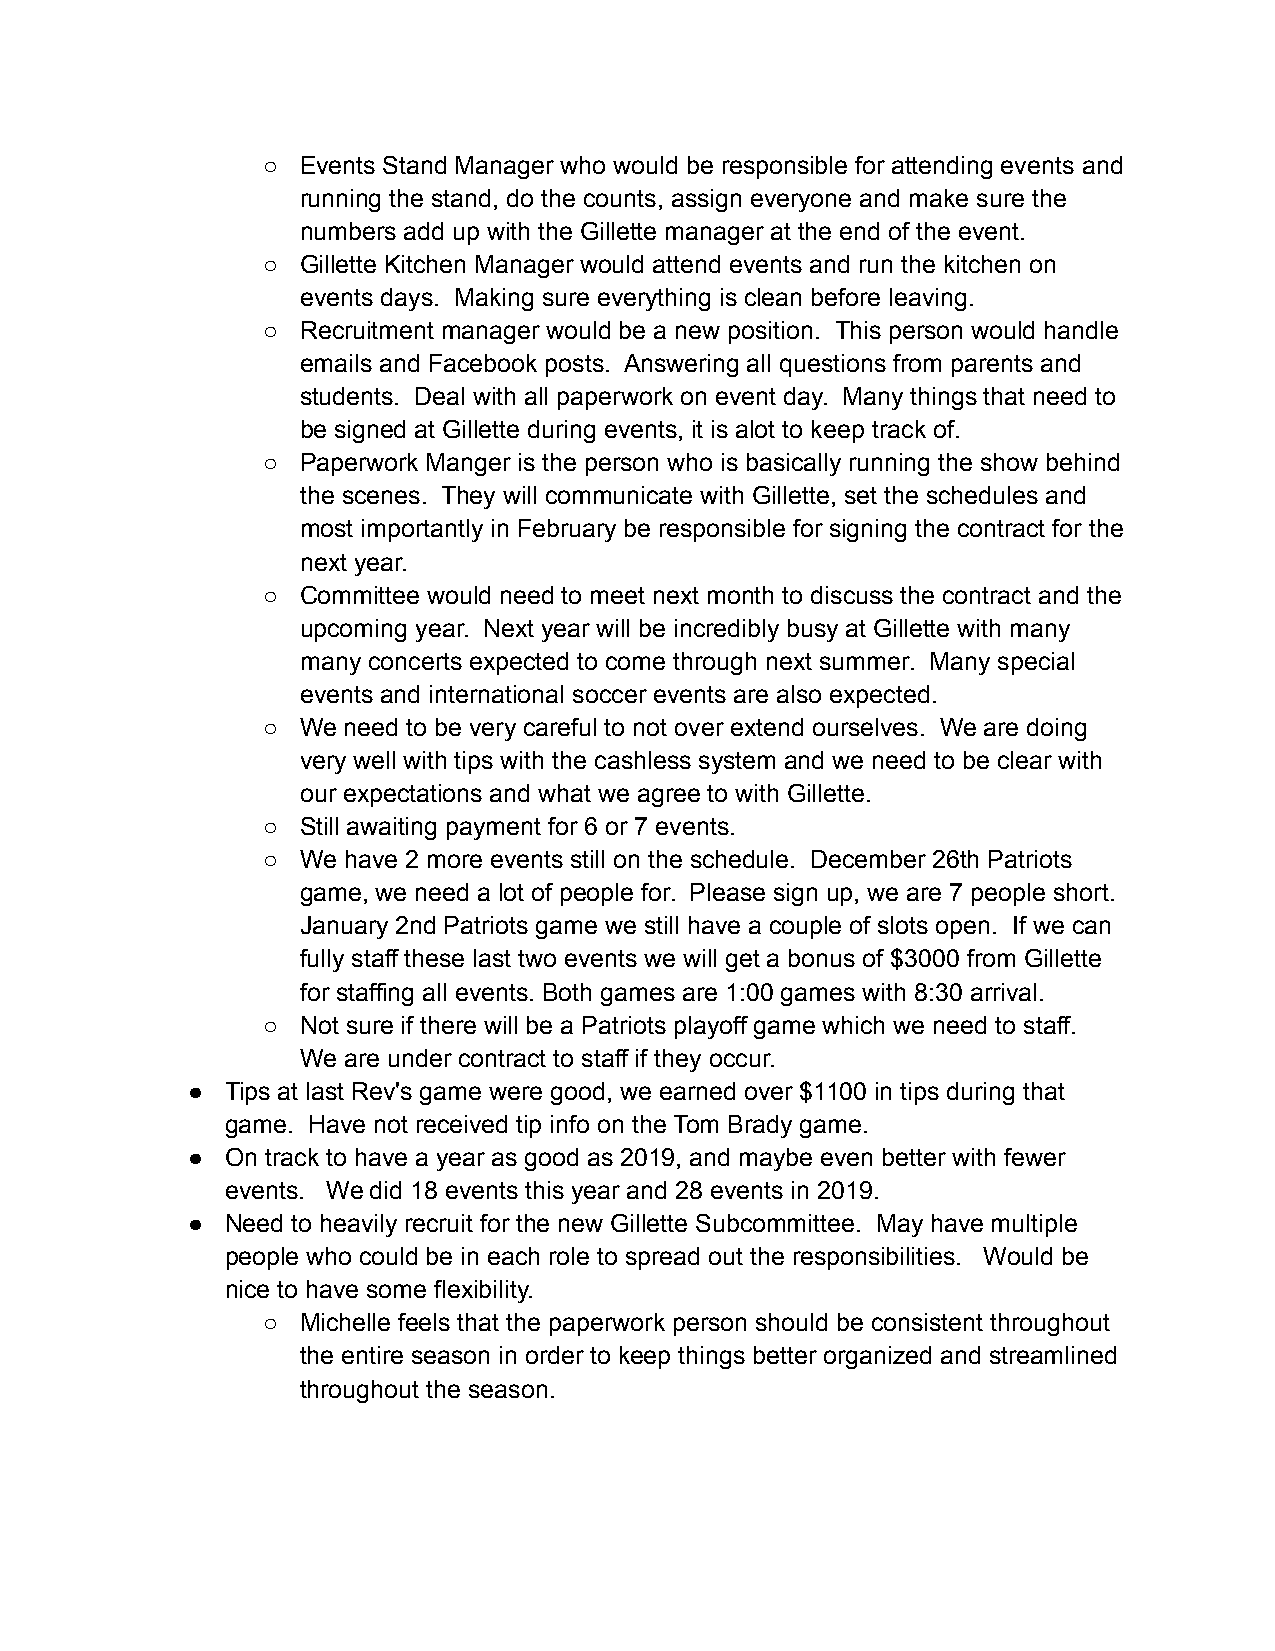
○  Events Stand Manager who would be responsible for attending events and
 running the stand, do the counts, assign everyone and make sure the
 numbers add up with the Gillette manager at the end of the event.
 ○  Gillette Kitchen Manager would attend events and run the kitchen on
 events days. Making sure everything is clean before leaving.
 ○  Recruitment manager would be a new position. This person would handle
 emails and Facebook posts. Answering all questions from parents and
 students. Deal with all paperwork on event day. Many things that need to
 be signed at Gillette during events, it is alot to keep track of.
 ○  Paperwork Manger is the person who is basically running the show behind
 the scenes. They will communicate with Gillette, set the schedules and
 most importantly in February be responsible for signing the contract for the
 next year.
 ○  Committee would need to meet next month to discuss the contract and the
 upcoming year. Next year will be incredibly busy at Gillette with many
 many concerts expected to come through next summer. Many special
 events and international soccer events are also expected.
 ○  We need to be very careful to not over extend ourselves. We are doing
 very well with tips with the cashless system and we need to be clear with
 our expectations and what we agree to with Gillette.
 ○  Still awaiting payment for 6 or 7 events.
 ○  We have 2 more events still on the schedule. December 26th Patriots
 game, we need a lot of people for. Please sign up, we are 7 people short.
 January 2nd Patriots game we still have a couple of slots open. If we can
 fully staff these last two events we will get a bonus of $3000 from Gillette
 for staffing all events. Both games are 1:00 games with 8:30 arrival.
 ○  Not sure if there will be a Patriots playoff game which we need to staff.
 We are under contract to staff if they occur.
 ●  Tips at last Rev's game were good, we earned over $1100 in tips during that
 game. Have not received tip info on the Tom Brady game.
 ●  On track to have a year as good as 2019, and maybe even better with fewer
 events. We did 18 events this year and 28 events in 2019.
 ●  Need to heavily recruit for the new Gillette Subcommittee. May have multiple
 people who could be in each role to spread out the responsibilities. Would be
 nice to have some flexibility.
 ○  Michelle feels that the paperwork person should be consistent throughout
 the entire season in order to keep things better organized and streamlined
 throughout the season.